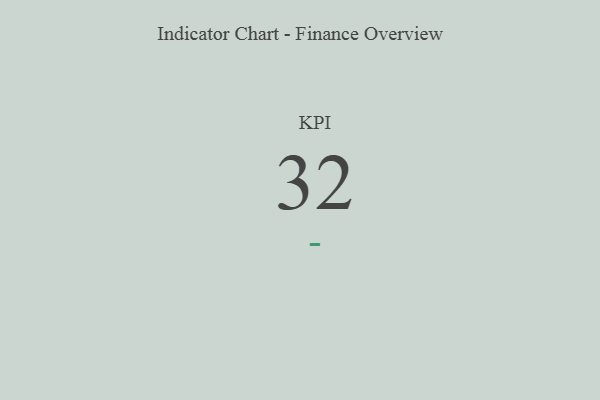
{"axis": {"x": "KPI", "y": "Value"}, "legend": [""], "data": [{"x": "KPI", "y": 32, "type": ""}]}